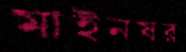
মাইনষর